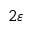
2 \varepsilon